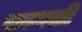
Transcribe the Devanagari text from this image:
मानन्थवाडि